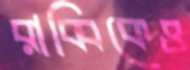
রাব্বিকেও